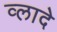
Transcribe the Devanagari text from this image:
व्लादे